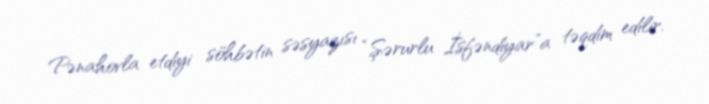
Pənahovla etdiyi söhbətin səsyazısı “Şərurlu İsfəndiyar”a təqdim edilir.